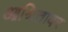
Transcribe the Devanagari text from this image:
आश्रितावर